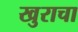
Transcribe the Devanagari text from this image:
खुराचा